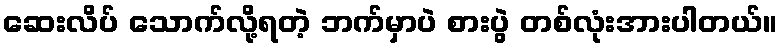
ဆေးလိပ် သောက်လို့ရတဲ့ ဘက်မှာပဲ စားပွဲ တစ်လုံးအားပါတယ်။